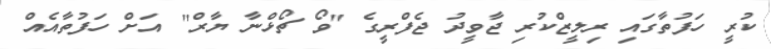
ކުރީ ހަފުތާގައި ރިލީޒްކުރި ޖާވީދު ޖެފްރީގެ "ވޯ ޗޯޅްނާ ޔާރް" އަށް ހަފުތާއެއް